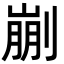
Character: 剻